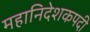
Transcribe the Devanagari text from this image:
महानिदेशकपदी